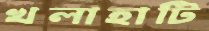
খলাহাটি